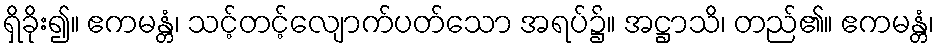
ရှိခိုး၍။ ဧကမန္တံ၊ သင့်တင့်လျောက်ပတ်သော အရပ်၌။ အဋ္ဌာသိ၊ တည်၏။ ဧကမန္တံ၊